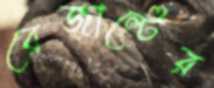
রেজাল্টের